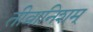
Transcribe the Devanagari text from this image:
तीव्रानिशम्‌